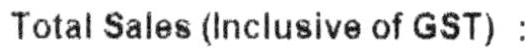
TOTAL SALES (INCLUSIVE OF GST) :